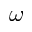
\omega